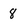
Character: 8